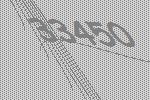
33450